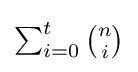
{\begin{matrix}\sum _{i=0}^{t}{\binom {n}{i}}\\\end{matrix}}